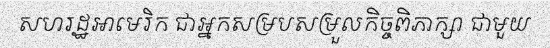
សហរដ្ឋអាមេរិក ជាអ្នកសម្របសម្រួលកិច្ចពិភាក្សា ជាមួយ